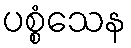
ပစ္စံသေန